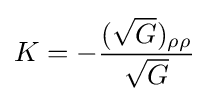
K=-{\frac {({\sqrt {G}})_{\rho \rho }}{\sqrt {G}}}